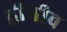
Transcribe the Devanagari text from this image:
द्वीमीव